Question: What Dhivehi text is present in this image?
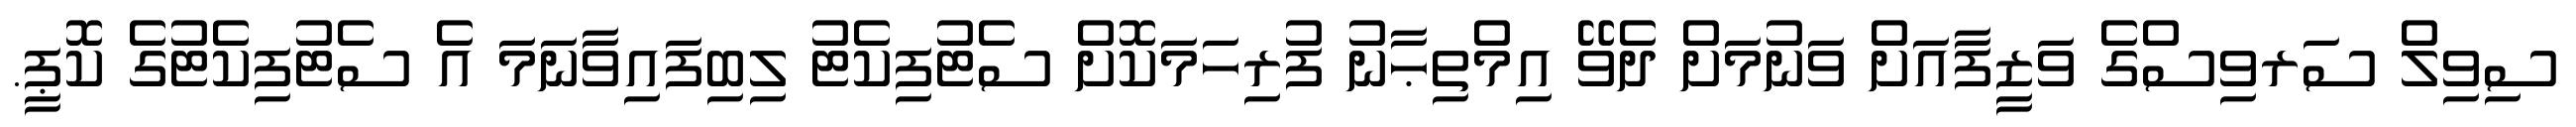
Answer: ސިވިލް ސަރވިސްގެ ވަޒީފާއަށް ވަނުމަށް ދެވޭ އިމްތިޙާނު ފުރިހަމަކޮށް ސެޓުފިކެޓު ލިބިފައިވާނަމަ އެ ސެޓުފިކެޓުގެ ކޮޕީ.